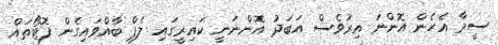
ސީމާ އެހެން އޮންނަ އިރުވެސް އަބަދު އޮންނަނީ ކައިރީގައި ލެޕް ބާއްވައިގެން ފޮޓޯތައް